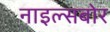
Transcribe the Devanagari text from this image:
नाइल्सबोर